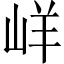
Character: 㟄